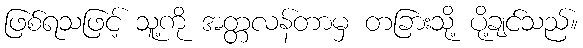
ဖြစ်ရသဖြင့် သူ့ကို အတ္တလန်တာမှ တခြားသို့ ပို့ချင်သည်။